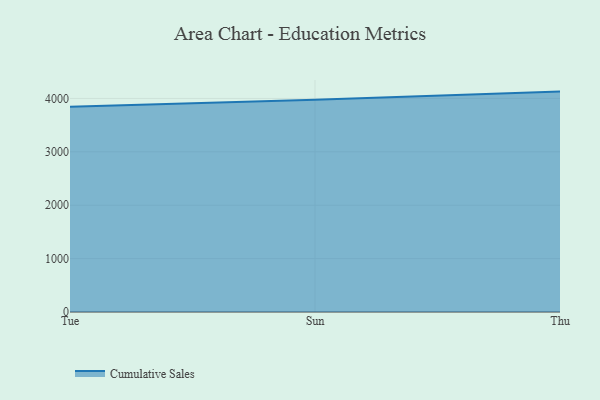
{"axis": {"x": "Day", "y": "Waste Production (Tons)"}, "legend": ["Cumulative Sales"], "data": [{"x": "Tue", "y": 3845.5, "type": "Cumulative Sales"}, {"x": "Sun", "y": 3975.6, "type": "Cumulative Sales"}, {"x": "Thu", "y": 4127.7, "type": "Cumulative Sales"}]}